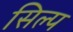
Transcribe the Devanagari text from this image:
सिल्प